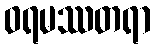
ဝရမဿတရာ